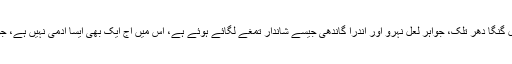
125 سال پرانی کانگریس، جو اپنے سینے پر مہاتما گاندھی، بال گنگا دھر تلک، جواہر لعل نہرو اور اندرا گاندھی جیسے شاندار تمغے لگائے ہوئے ہے، اس میں آج ایک بھی ایسا آدمی نہیں ہے، جو یہ سوال اٹھائے کہ اگر اسباب یہ ہیں تو ان کا ذمہ دار کون ہے۔